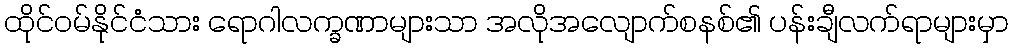
ထိုင်ဝမ်နိုင်ငံသား ရောဂါလက္ခဏာများသာ အလိုအလျောက်စနစ်၏ ပန်းချီလက်ရာများမှာ